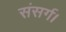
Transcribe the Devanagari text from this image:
संसर्ग।